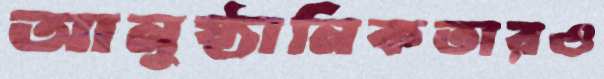
আনুষ্ঠানিকতারও